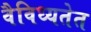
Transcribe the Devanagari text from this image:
वैविध्यतेत